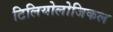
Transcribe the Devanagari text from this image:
टिलियोलोजिकल